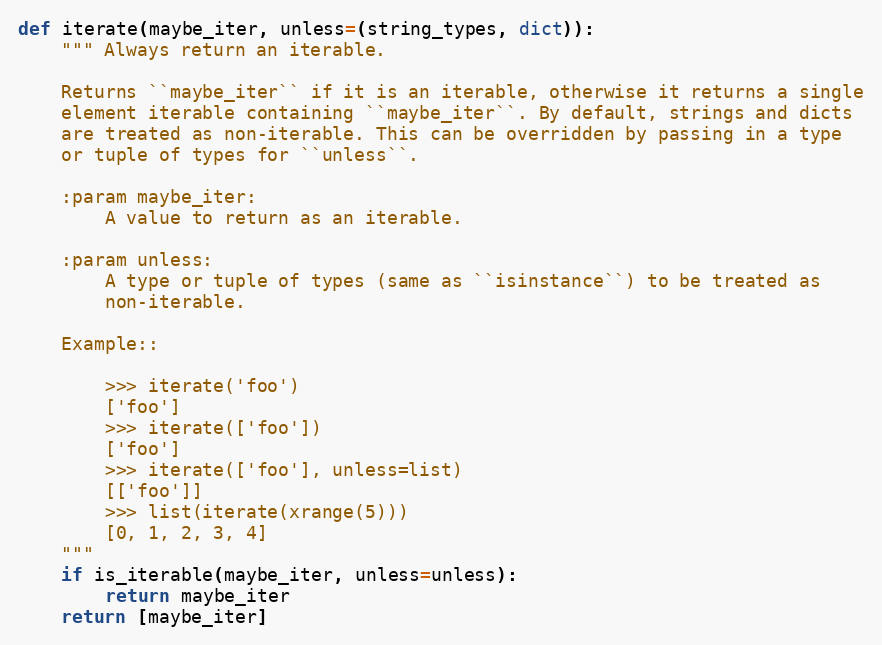
Language: Python
def iterate(maybe_iter, unless=(string_types, dict)):
    """ Always return an iterable.

    Returns ``maybe_iter`` if it is an iterable, otherwise it returns a single
    element iterable containing ``maybe_iter``. By default, strings and dicts
    are treated as non-iterable. This can be overridden by passing in a type
    or tuple of types for ``unless``.

    :param maybe_iter:
        A value to return as an iterable.

    :param unless:
        A type or tuple of types (same as ``isinstance``) to be treated as
        non-iterable.

    Example::

        >>> iterate('foo')
        ['foo']
        >>> iterate(['foo'])
        ['foo']
        >>> iterate(['foo'], unless=list)
        [['foo']]
        >>> list(iterate(xrange(5)))
        [0, 1, 2, 3, 4]
    """
    if is_iterable(maybe_iter, unless=unless):
        return maybe_iter
    return [maybe_iter]